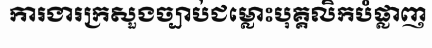
ការងារក្រសួងច្បាប់ជម្លោះបុគ្គលិកបំផ្លាញ